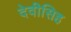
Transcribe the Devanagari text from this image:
देवीसिह